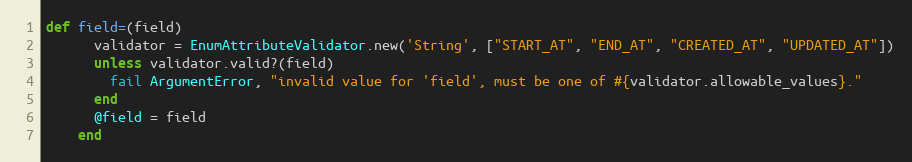
Language: Ruby
def field=(field)
      validator = EnumAttributeValidator.new('String', ["START_AT", "END_AT", "CREATED_AT", "UPDATED_AT"])
      unless validator.valid?(field)
        fail ArgumentError, "invalid value for 'field', must be one of #{validator.allowable_values}."
      end
      @field = field
    end